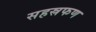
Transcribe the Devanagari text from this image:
सहस्रफण